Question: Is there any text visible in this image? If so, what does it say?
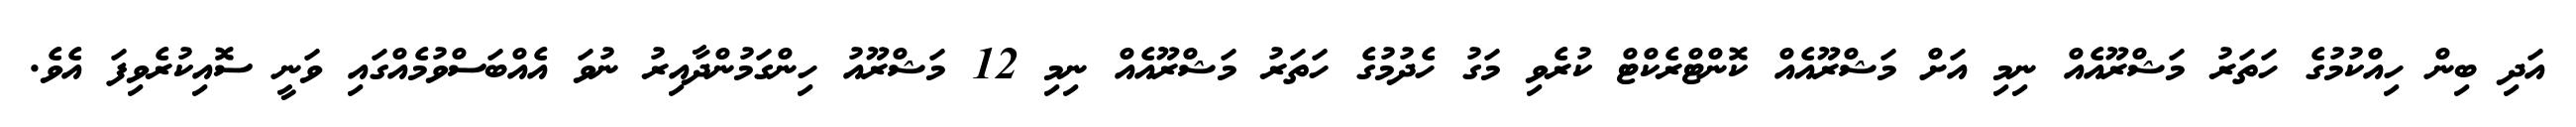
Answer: އަދި ބިން ހިއްކުމުގެ ހަތަރު މަޝްރޫއެއް ނިމި އަށް މަޝްރޫއެއް ކޮންޓްރެކްޓް ކުރެވި މަގު ހެދުމުގެ ހަތަރު މަޝްރޫއެއް ނިމި 12 މަޝްރޫއު ހިންގަމުންދާއިރު ނުވަ އެއްބަސްވުމެއްގައި ވަނީ ސޮއިކުރެވިފަ އެވެ.